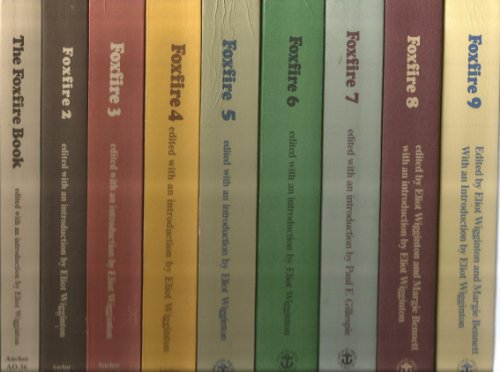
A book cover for Foxfire Set (Volumes 1 - 9) The Foxfire Book, Foxfire 2, Foxfire 3, Foxfire 4, Foxfire 5, Foxfire 6, Foxfire 7, Foxfire 8 and Foxfire 9); Politics & Social Sciences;